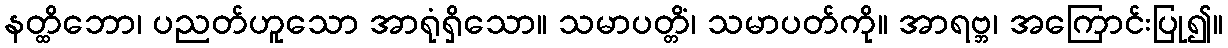
နတ္ထိဘော၊ ပညတ်ဟူသော အာရုံရှိသော။ သမာပတ္တိံ၊ သမာပတ်ကို။ အာရဗ္ဘ၊ အကြောင်းပြု၍။